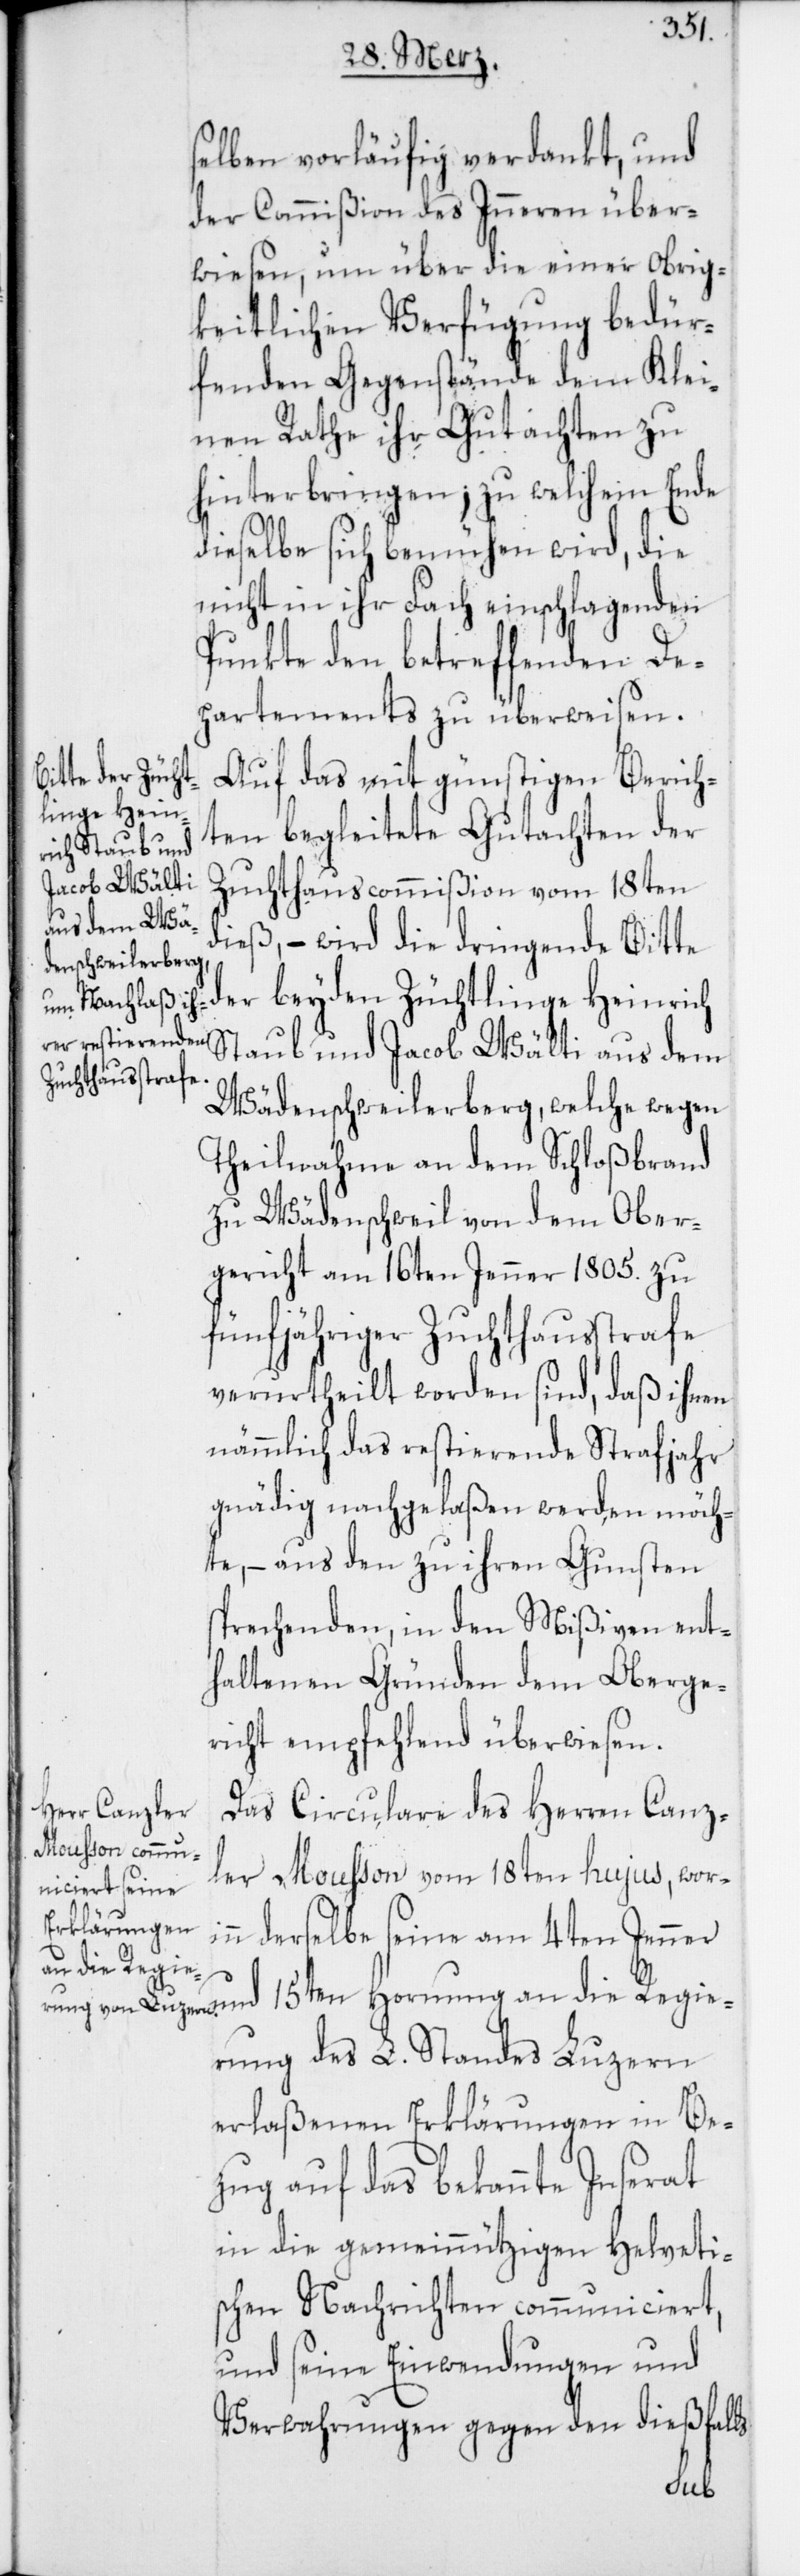
selben vorläufig verdankt, und
der Commißion des Inneren über¬
wiesen, um über die einer Obrig¬
keitlichen Verfügung bedür¬
fenden Gegenstände dem Klei¬
nen Rathe ihr Gutachten zu
hinterbringen; zu welchem Ende
dieselbe sich bemühen wird, die
nicht in ihr Fach einschlagenden
Punkte den betreffenden De¬
partements zu überweisen.
beyden Zücht¬
Auf das mit günstigen Berich¬
linge Hein¬
ten begleitete Gutachten der
rich Staub und
Jacob Wälti
Zuchthauscommißion vom 18ten
aus dem Wä¬
dieß, – wird die dringende Bitte
denschweilerberg, welche wegen
Theilnahme an dem Schloßbrand
zu Wädenschweil von dem Ober¬
gericht am 16ten Jenner 1805. zu
5jähriger Zuchthausstrafe
verurtheilt worden sind, daß ihnen
nämmlich das restierende Strafjahr
gnädig nachgelaßen werden möch¬
te, – aus den zu ihren Gunsten
sprechenden, in den Mißiven ent¬
haltenen Gründen dem Oberge¬
richt empfehlend überwiesen.
Das Circulare des Herren Canz¬
ler Moußon vom 18ten hujus, wori¬
nn derselbe seine am 4ten Jenner
an die Regie¬
rung des L. Standes Luzern
erlaßenen Erklärungen in Be¬
zug auf das bekannte Inserat
in die Gemeinnützigen Helveti¬
schen Nachrichten communiciert,
und seine Einwendungen und
Verwahrungen gegen den dießfalls